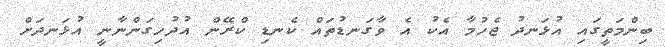
ބިންމަތީގައި އުޅަނދު ޖެހުމާ އެކު އެ ވާގަނޑުތައް ކެނޑި ކްރޭން އުދުހިގަންނާނީ އުޅަނދަށް